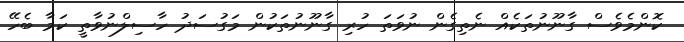
ކޮންމެވެސް ގާނޫނުތަކެއް ނެތިގެން ނުވަތަ ހުރި ގާނޫނުތަކުން މަގުސަދު ހާސިލްނުވާތީ ކަމާ ބެހޭ